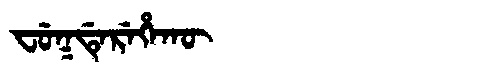
Manchu: ᠸᡠᡴᡩᡝᡵᡝᡥᠠᡴᡡ
Romanization: FUKDEREHAKŪ